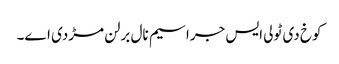
کوخ دی ٹولی ایس جراسیم نال برلن مڑدی اے۔